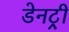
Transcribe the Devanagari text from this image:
डेनट्री